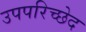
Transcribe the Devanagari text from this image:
उपपरिच्छेद